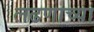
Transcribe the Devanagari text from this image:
लढणाच्या